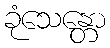
ခုံသေန္တော